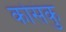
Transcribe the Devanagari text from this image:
कोसंकु